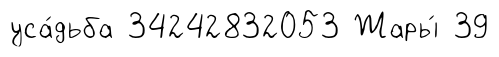
уса́дьба 34242832053 Жары́ 39